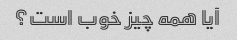
آیا همه چیز خوب است؟